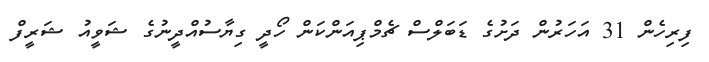
ފިރިހެން 31 އަހަރުން ދަށުގެ ޑަބަލްސް ޗެމްޕިއަންކަން ހޯދީ ގިޔާސުއްދީނުގެ ޝަވީއު ޝަރީފް